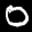
Label: 0